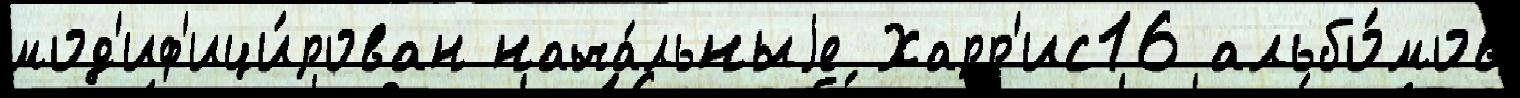
мод'иф'ици́рован нача́льныjе Харр'ис16 альбо́мов